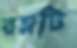
রম্নটি